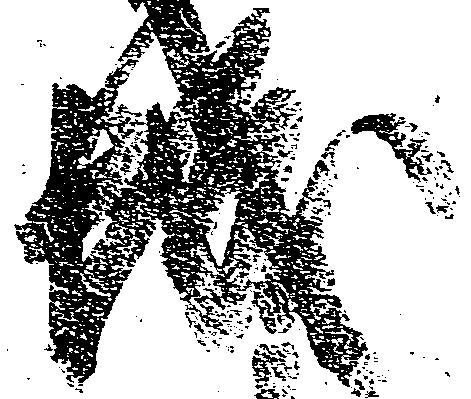
城